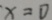
x = 0